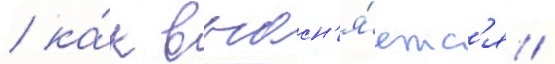
/ ка́к выасн'я́етс'я /